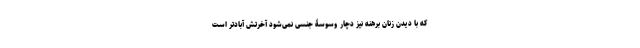
که با دیدن زنان برهنه نیز دچار وسوسۀ جنسی نمی‌شود آخرتش آبادتر است